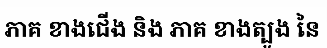
ភាគ ខាងជើង និង ភាគ ខាងត្បូង នៃ